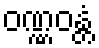
ဝဏ္ဏဝန္တံ